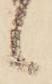
候